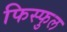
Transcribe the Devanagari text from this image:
फिस्फुल